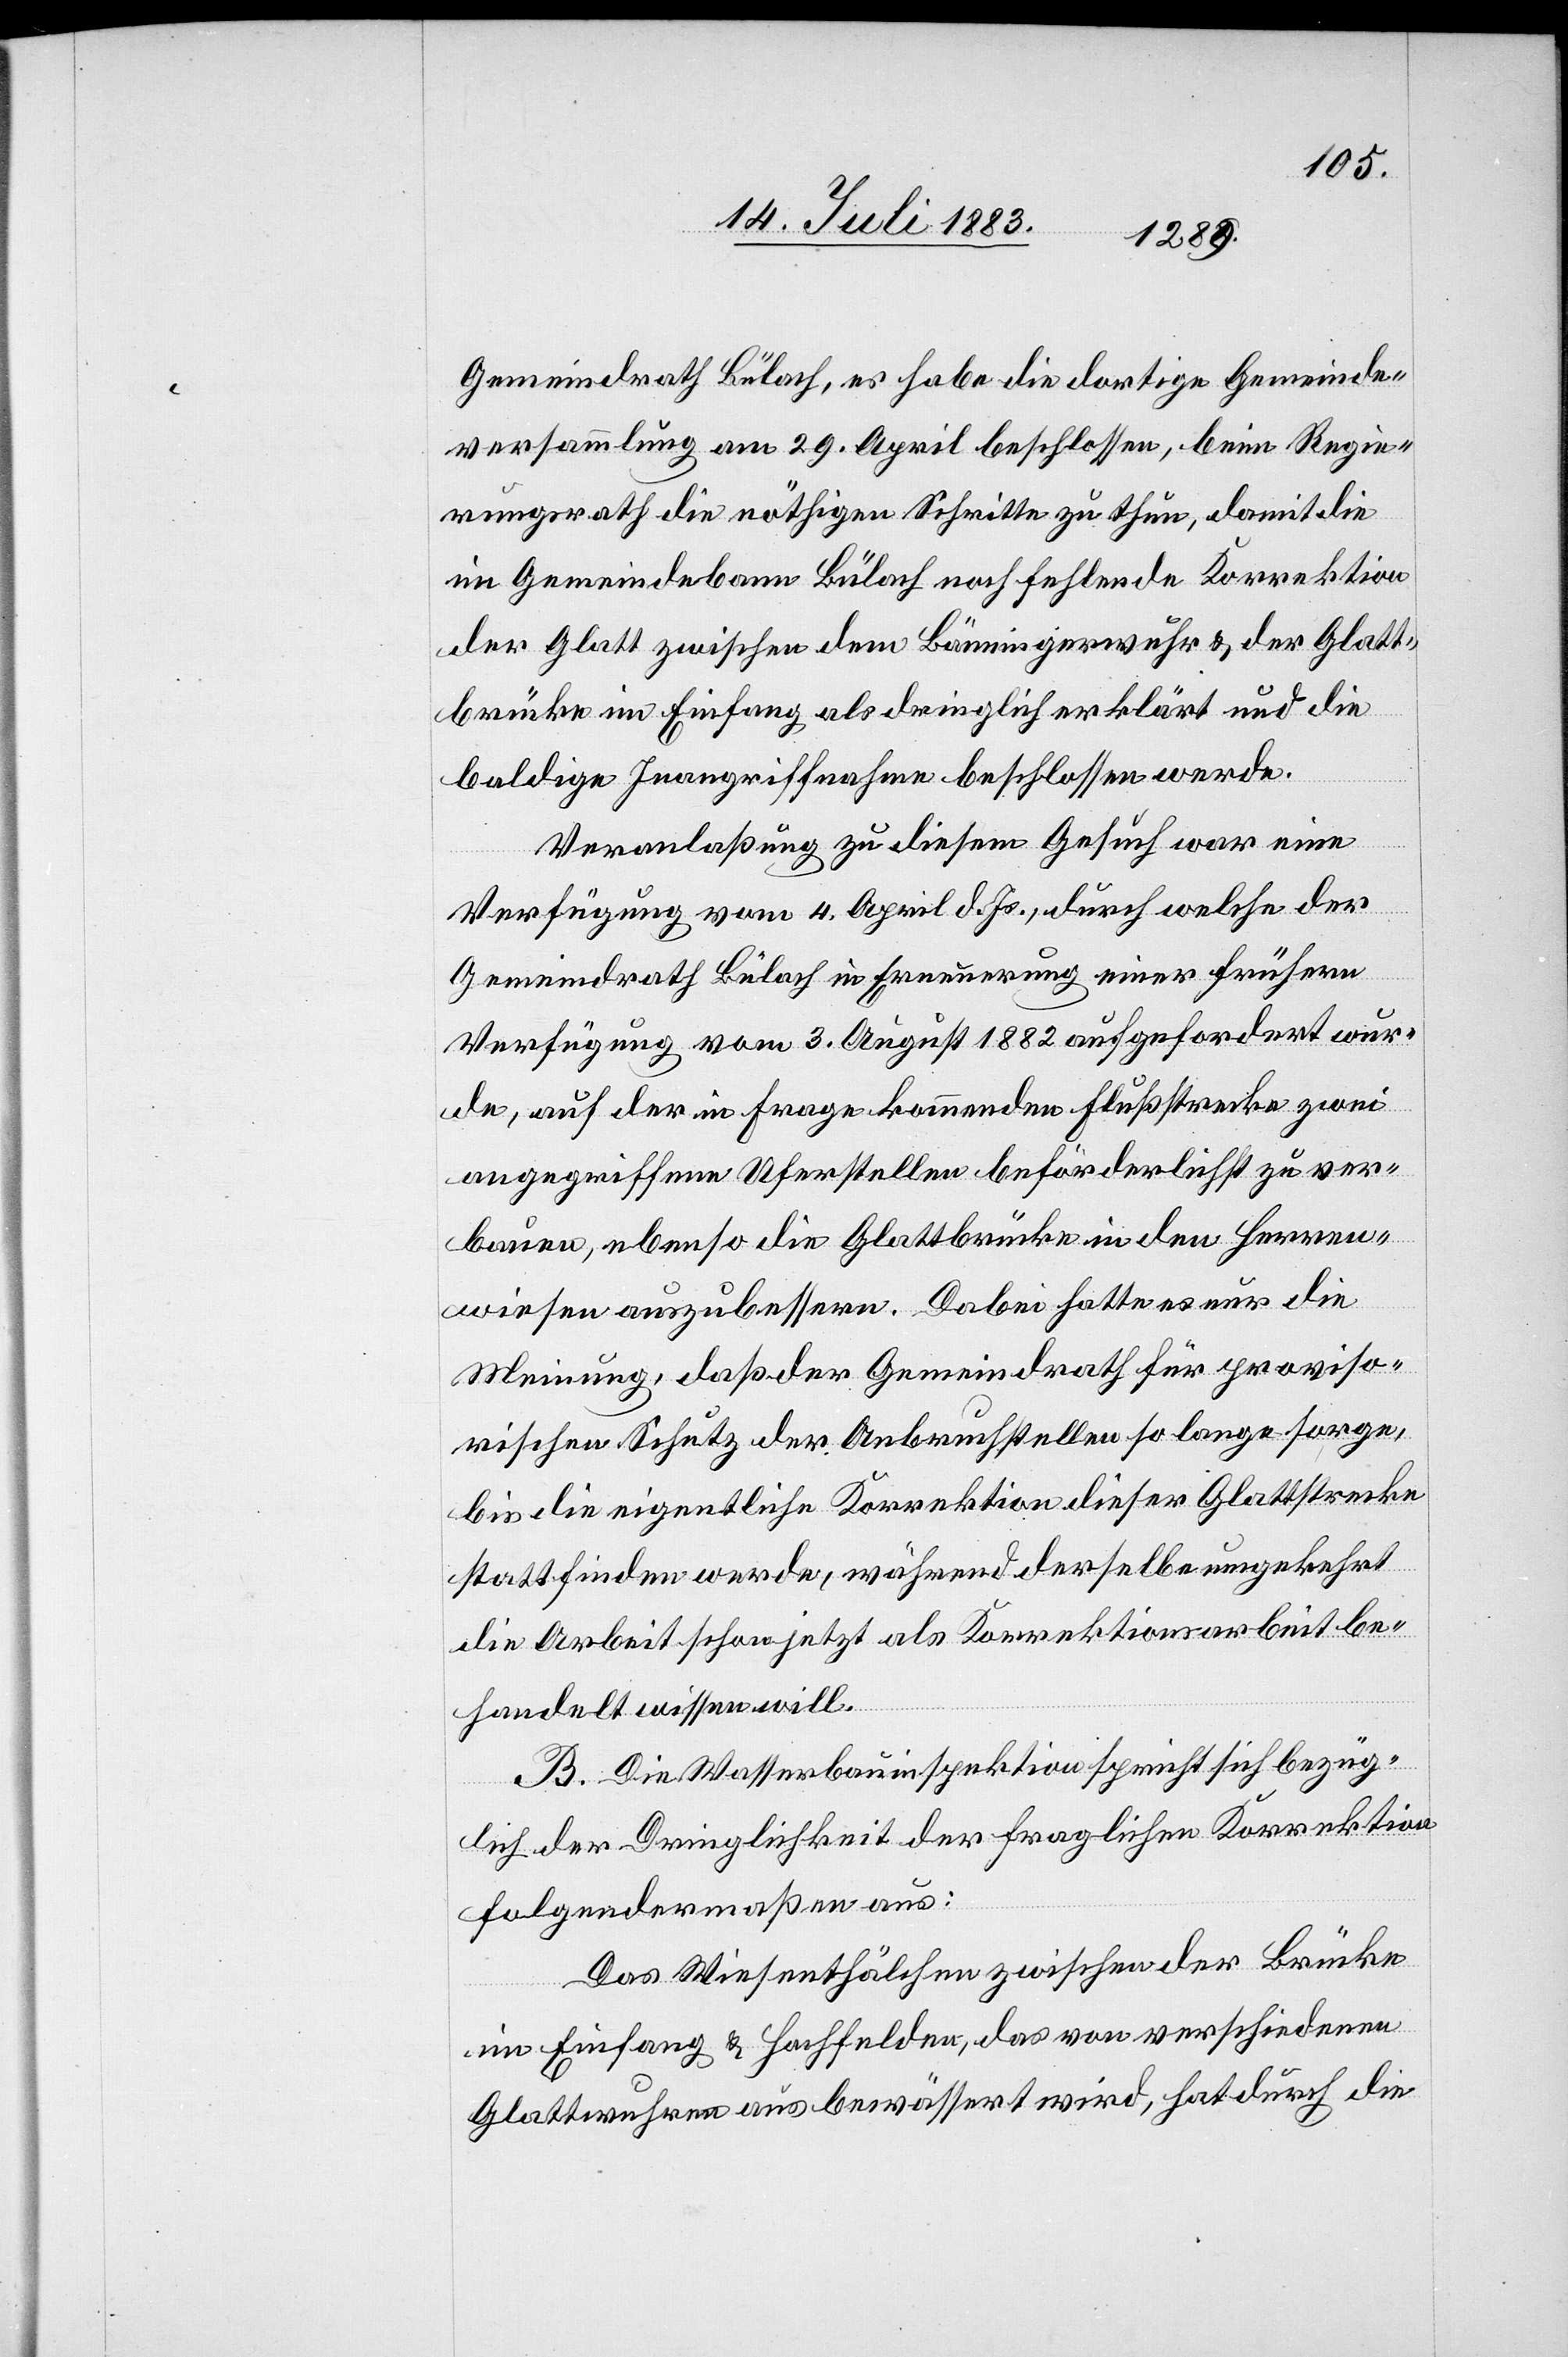
Gemeindrath Bülach, es habe die dortige Gemeinde¬
versammlung am 29. April beschlossen, beim Regie¬
rungsrath die nöthigen Schritte zu thun, damit die
im Gemeindebann Bülach noch fehlende Korrektion
der Glatt zwischen dem Bämingerwuhr & der Glatt¬
brücke im Einfang als dringlich erklärt und die
baldige Inangriffnahme beschlossen werde.
Veranlaßung zu diesem Gesuch war eine
Verfügung vom 4. April d. Js., durch welche der
Gemeindrath Bülach in Erneuerung einer frühern
Verfügung vom 3. August 1882 aufgefordert wur¬
de, auf der in Frage kommenden Flußstrecke zwei
angegriffene Uferstellen beförderlichst zu ver¬
bauen, ebenso die Glattbrücke in den Herren¬
wiesen auszubessern. Dabei hatte es nur die
Meinung, daß der Gemeindrath für proviso¬
rischen Schutz der Anbruchstellen so lange sorge,
bis die eigentliche Korrektion dieser Glattstrecke
stattfinden werde, während derselbe umgekehrt
die Arbeit schon jetzt als Korrektionsarbeit be¬
handelt wissen will.
B. Die Wasserbauinspektion spricht sich bezüg¬
lich der Dringlichkeit der fraglichen Korrektion
folgendermaßen aus:
Das Wiesenthälchen zwischen der Brücke
im Einfang & Hochfelden, das von verschiedenen
Glattwuhren aus bewässert wird, hat durch die